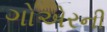
ગોએરની